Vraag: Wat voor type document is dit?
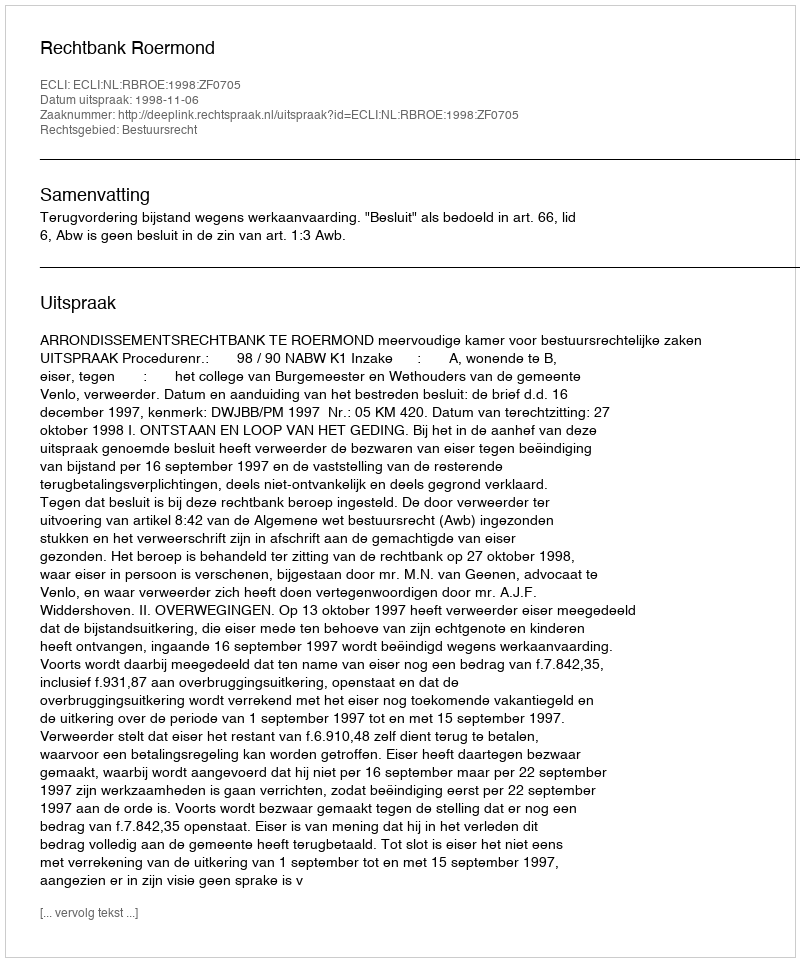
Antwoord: Uitspraak